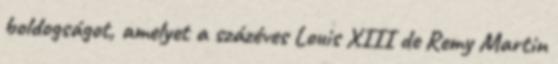
boldogságot, amelyet a százéves Louis XIII de Remy Martin